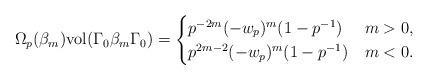
LaTeX: \begin{align*} \Omega_p(\beta_m)\mathrm{vol}(\Gamma_0\beta_m\Gamma_0) = \begin{cases} p^{-2m}(-w_p)^m (1-p^{-1}) & m > 0,\\ p^{2m-2} (-w_p)^m (1-p^{-1}) & m < 0. \end{cases}\end{align*}